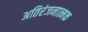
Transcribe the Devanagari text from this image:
अतिरंजनात्मक